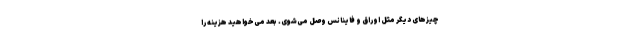
چیزهای دیگر مثل اوراق و فاینانس وصل می‌شوی. بعد می‌خواهید هزینه را